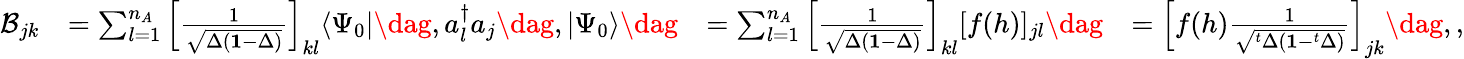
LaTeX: \begin{array}{rlrl}{\mathcal{B}_{jk}}&{=\sum_{l=1}^{n_{A}}\left[\frac{1}{\sqrt{\Delta(\mathbf{1}-\Delta)}}\right]_{kl}\langle\Psi_{0}|\dag,a_{l}^{\dagger}a_{j}\dag,|\Psi_{0}\rangle\dag}&{=\sum_{l=1}^{n_{A}}\left[\frac{1}{\sqrt{\Delta(\mathbf{1}-\Delta)}}\right]_{kl}[f(h)]_{jl}\dag}&{=\left[f(h)\frac{1}{\sqrt{^t\Delta(\mathbf{1}-^{t}\Delta)}}\right]_{jk}\dag,,}\end{array}